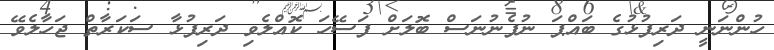
ހުންނަނީ ދަރިފުޅުގެ ބައްޕަ ނުފެނުނަސް ބޮލަށް ފަސޭހަ ކޮއްލެވި ދަރިފުޅާ ސަކަރާތް ޖަހާލެވޭ